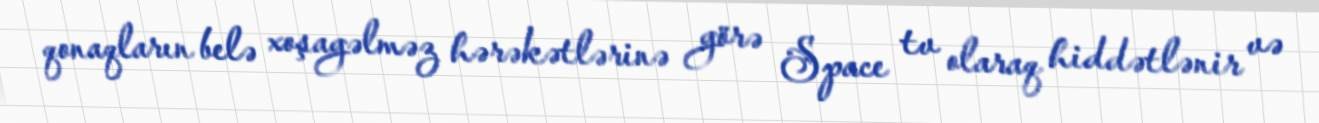
qonaqların belə xoşagəlməz hərəkətlərinə görə Space tv olaraq hiddətlənir və